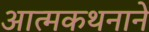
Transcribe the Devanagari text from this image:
आत्मकथनाने